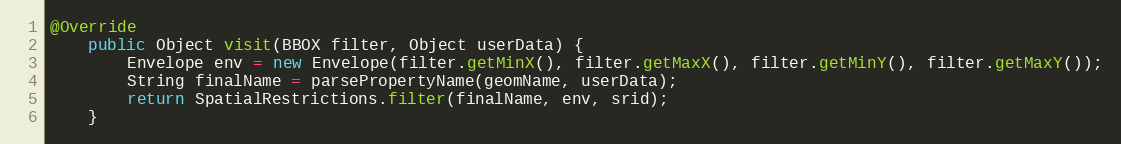
Language: Java
@Override
	public Object visit(BBOX filter, Object userData) {
		Envelope env = new Envelope(filter.getMinX(), filter.getMaxX(), filter.getMinY(), filter.getMaxY());
		String finalName = parsePropertyName(geomName, userData);
		return SpatialRestrictions.filter(finalName, env, srid);
	}